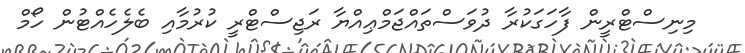
މިނިސްޓްރީން ފާހަގަކުރާ ދުވަސްތައްޖަމްޢިއްޔާ ރަޖިސްޓްރީ ކުރުމާއި ބެލެހެއްޓުން ހޯމް